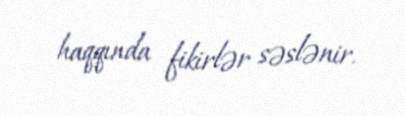
haqqında fikirlər səslənir.